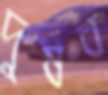
দুষব